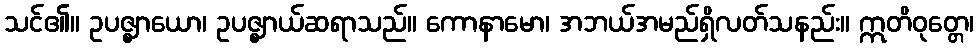
သင်၏။ ဥပဇ္ဈာယော၊ ဥပဇ္ဈာယ်ဆရာသည်။ ကောနာမော၊ အဘယ်အမည်ရှိလတ်သနည်း။ ဣတိဝုတ္တေ၊